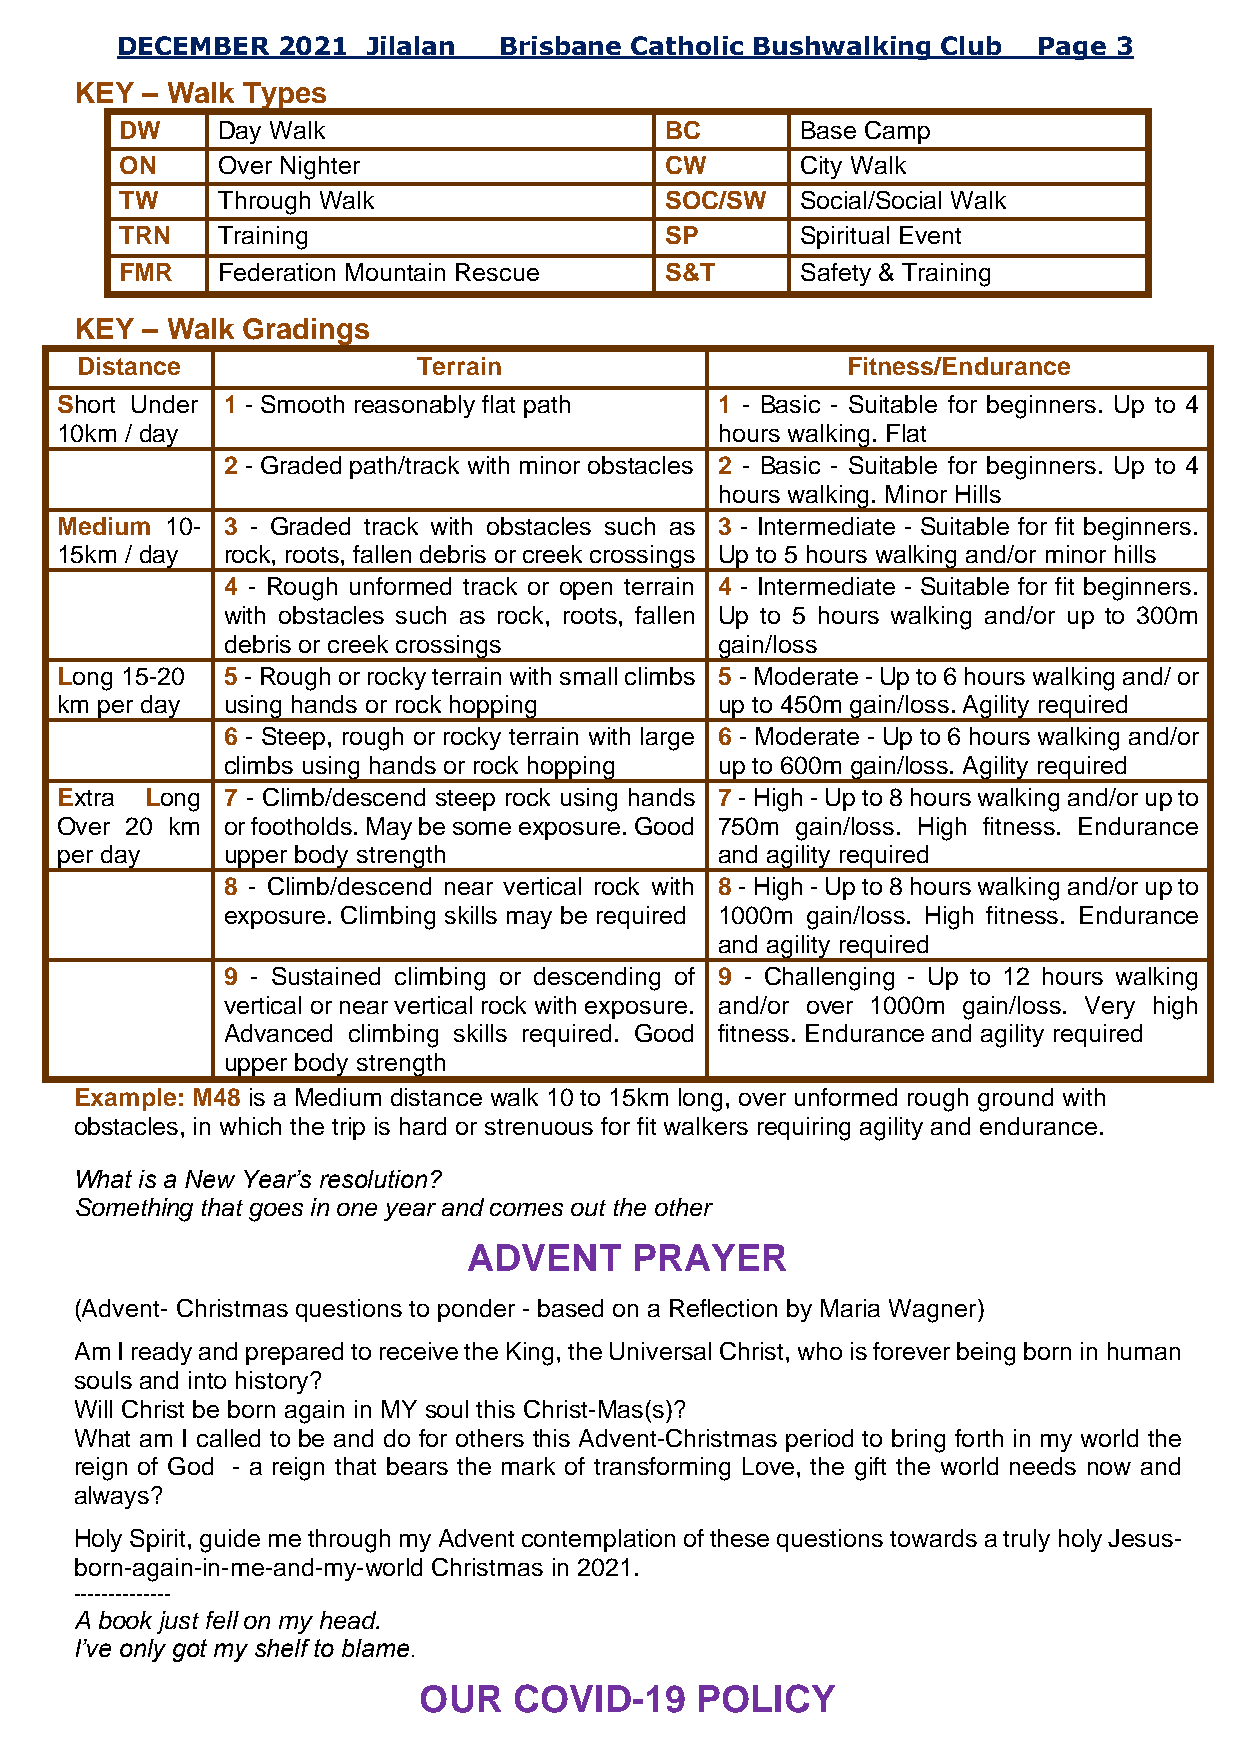
DECEMBER  2021  Jilalan  Brisbane Catholic Bushwalking Club  Page 3
 KEY – Walk Types
 DW    Day Walk                      BC       Base Camp
 ON    Over Nighter                  CW       City Walk
 TW    Through Walk                  SOC/SW   Social/Social Walk
 TRN   Training                      SP       Spiritual Event
 FMR   Federation Mountain Rescue    S&T      Safety & Training
 KEY – Walk Gradings
 Distance               Terrain                     Fitness/Endurance
 Short Under 1 - Smooth reasonably flat path 1 - Basic - Suitable for beginners. Up to 4
 10km / day                                  hours walking. Flat
 2 - Graded path/track with minor obstacles 2 - Basic - Suitable for beginners. Up to 4
 hours walking. Minor Hills
 Medium 10- 3 - Graded track with obstacles such as 3 - Intermediate - Suitable for fit beginners.
 15km / day r o c k, roots, fallen debris or creek crossings Up to 5 hours walking and/or minor hills
 4 - Rough unformed track or open terrain 4 - Intermediate - Suitable for fit beginners.
 with obstacles such as rock, roots, fallen Up to 5 hours walking and/or up to 300m
 debris or creek crossings        gain/loss
 Long 15-20 5 - Rough or rocky terrain with small climbs 5 - Moderate - Up to 6 hours walking and/ or
 km per day using hands or rock hopping      up to 450m gain/loss. Agility required
 6 - Steep, rough or rocky terrain with large 6 - Moderate - Up to 6 hours walking and/or
 climbs using hands or rock hopping up to 600m gain/loss. Agility required
 Extra Long 7 - Climb/descend steep rock using hands 7 - High - Up to 8 hours walking and/or up to
 Over 20 km or footholds. May be some exposure. Good 750m gain/loss. High fitness. Endurance
 per day    upper body strength              and agility required
 8 - Climb/descend near vertical rock with 8 - High - Up to 8 hours walking and/or up to
 exposure. Climbing skills may be required 1000m gain/loss. High fitness. Endurance
 and agility required
 9 - Sustained climbing or descending of 9 - Challenging - Up to 12 hours walking
 vertical or near vertical rock with exposure. and/or over 1000m gain/loss. Very high
 Advanced climbing skills required. Good fitness. Endurance and agility required
 upper body strength
 Example: M48 is a Medium distance walk 10 to 15km long, over unformed rough ground with
 obstacles, in which the trip is hard or strenuous for fit walkers requiring agility and endurance.
 What is a New Year’s resolution?
 Something that goes in one year and comes out the other
 ADVENT     PRAYER
 (Advent- Christmas questions to ponder - based on a Reflection by Maria Wagner)
 Am I ready and prepared to receive the King, the Universal Christ, who is forever being born in human
 souls and into history?
 Will Christ be born again in MY soul this Christ-Mas(s)?
 What am I called to be and do for others this Advent-Christmas period to bring forth in my world the
 reign of God - a reign that bears the mark of transforming Love, the gift the world needs now and
 always?
 Holy Spirit, guide me through my Advent contemplation of these questions towards a truly holy Jesus-
 born-again-in-me-and-my-world Christmas in 2021.
 --------------
 A book just fell on my head.
 I’ve only got my shelf to blame.
 OUR   COVID-19    POLICY